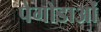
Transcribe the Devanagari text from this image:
पेगोडाओं